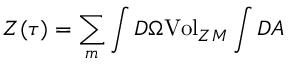
{ \cal { Z } } ( \tau { } ) = \sum _ { m } \int { \cal { D } } \Omega { \mathrm { V o l } } _ { Z M } \int { \cal { D } } A